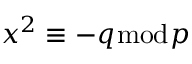
x ^ { 2 } \equiv - q { \bmod { p } }